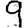
Digit: 9